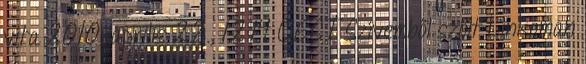
vita 2010. április 22., 12:14 CEST Szívemből szólt Linkoman